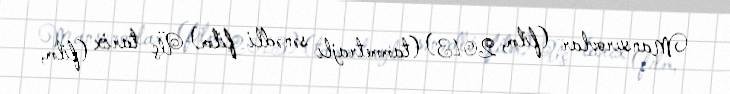
Mansurovlar (film, 2013) (tammetrajlı sənədli film) Üç tarix (film,